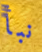
نبأ